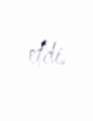
etdi.